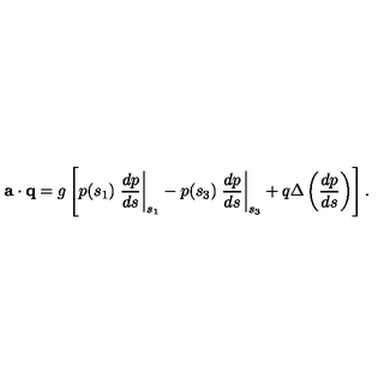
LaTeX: { \bf a } \cdot { \bf q } = g \left[ p ( s _ { 1 } ) \left. \frac { d p } { d s } \right| _ { s _ { 1 } } - p ( s _ { 3 } ) \left. \frac { d p } { d s } \right| _ { s _ { 3 } } + q \Delta \left( \frac { d p } { d s } \right) \right] .